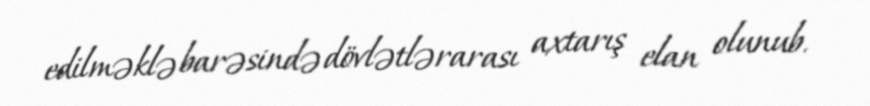
edilməklə barəsində dövlətlərarası axtarış elan olunub.